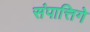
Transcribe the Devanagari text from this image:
संपात्तिगे